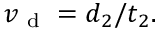
v _ { \mathrm { ~ d ~ } } = d _ { 2 } / t _ { 2 } .